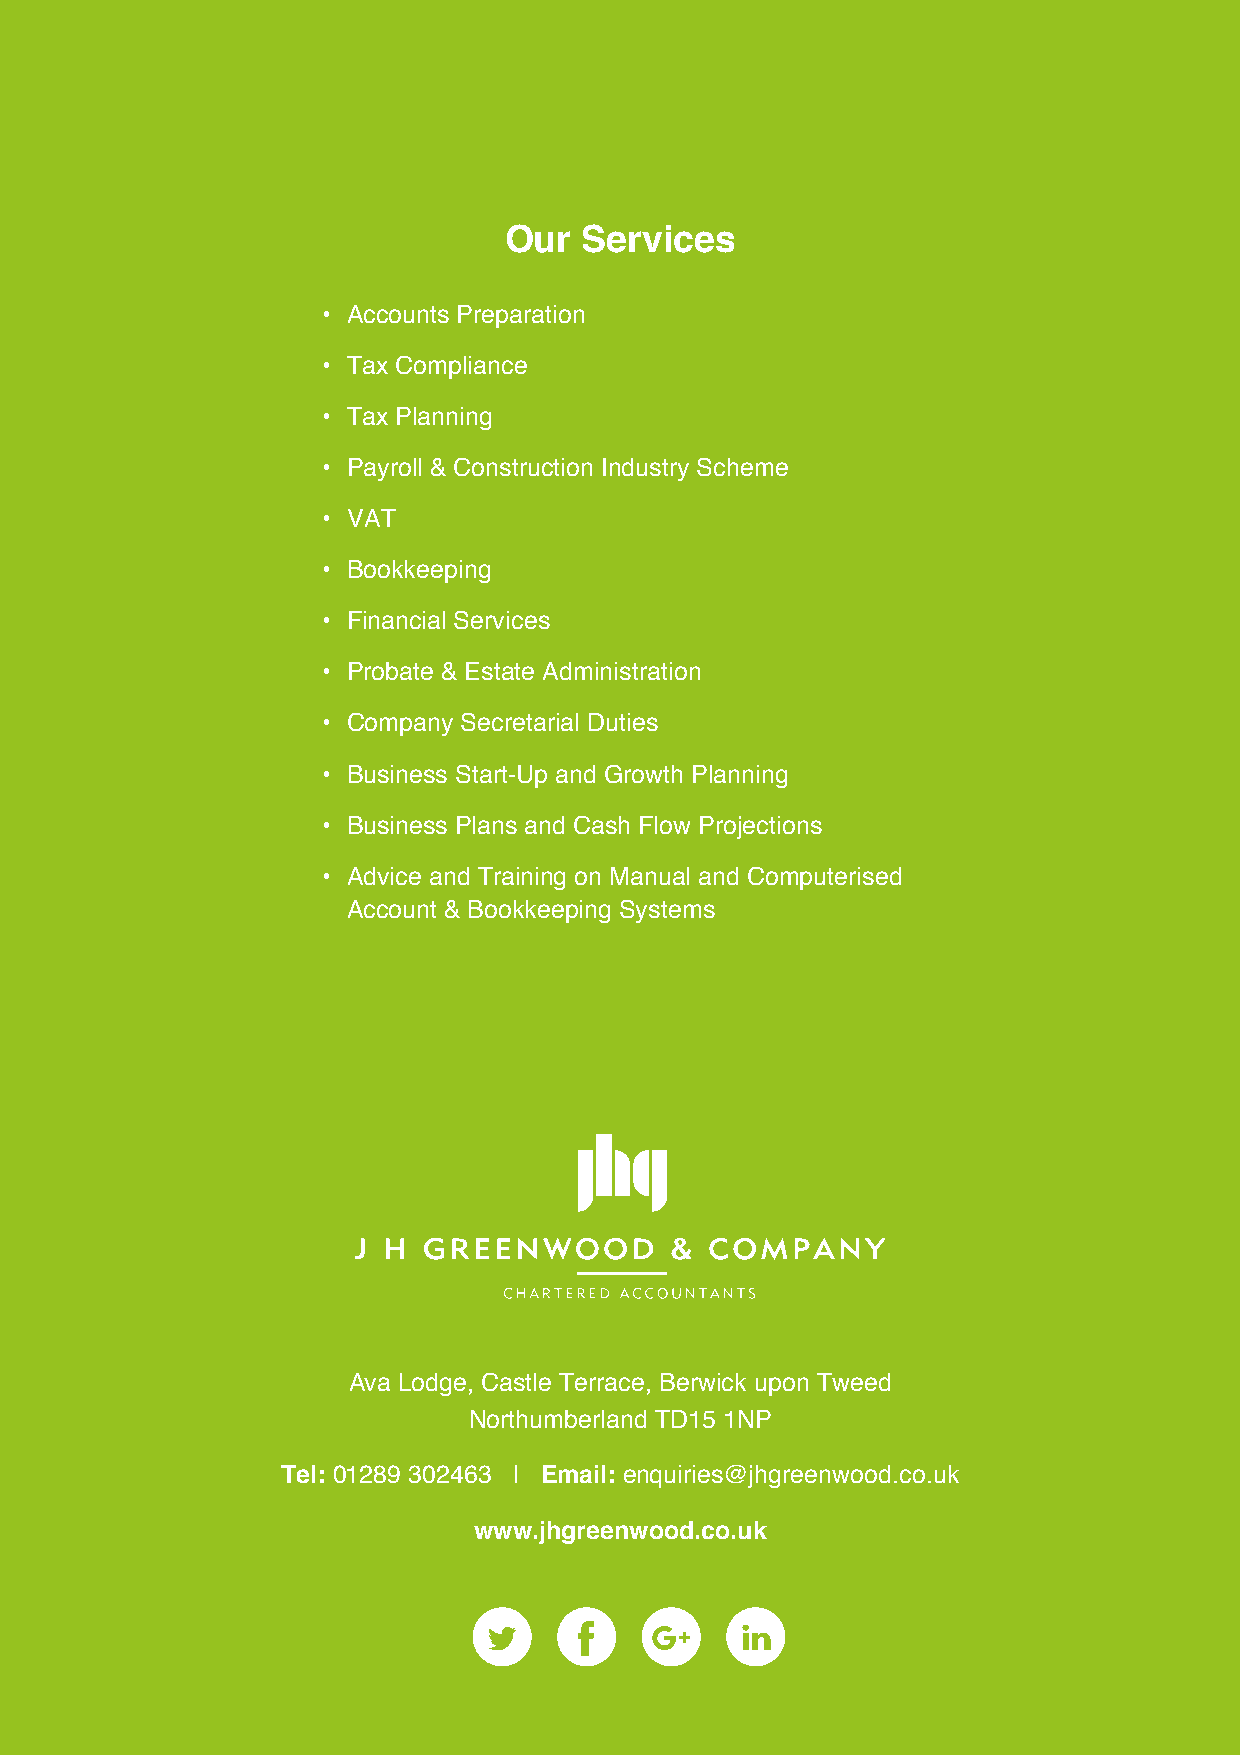
Our  Services
 • Accounts Preparation
 • Tax Compliance
 • Tax Planning
 • Payroll & Construction Industry Scheme
 • VAT
 • Bookkeeping
 • Financial Services
 • Probate & Estate Administration
 • Company Secretarial Duties
 • Business Start-Up and Growth Planning
 • Business Plans and Cash Flow Projections
 • Advice and Training on Manual and Computerised
 Account & Bookkeeping Systems
 Ava Lodge, Castle Terrace, Berwick upon Tweed
 Northumberland TD15 1NP
 Tel: 01289 302463 | Email: enquiries@jhgreenwood.co.uk
 www.jhgreenwood.co.uk